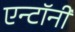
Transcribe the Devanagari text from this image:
एन्टॉनी